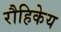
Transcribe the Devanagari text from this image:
रौहिकेय